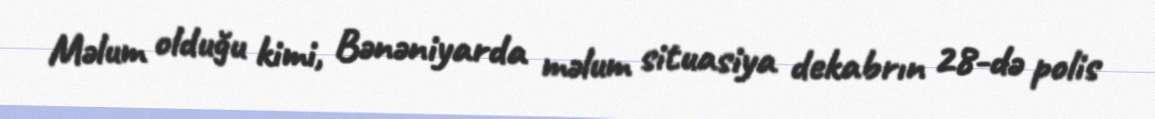
Məlum olduğu kimi, Bənəniyarda məlum situasiya dekabrın 28-də polis